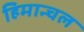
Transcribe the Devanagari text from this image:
हिमान्चल